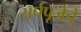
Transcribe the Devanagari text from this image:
सर्पपूजेचे